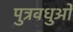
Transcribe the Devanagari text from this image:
पुत्रवधुओं